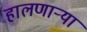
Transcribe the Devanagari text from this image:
हालणाऱ्या